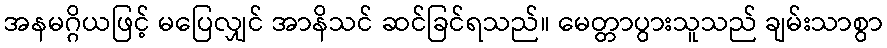
အနမဂ္ဂိယဖြင့် မပြေလျှင် အာနိသင် ဆင်ခြင်ရသည်။ မေတ္တာပွားသူသည် ချမ်းသာစွာ